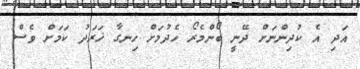
އަދި އެ ކުދިންނަށް ދޭނީ ބޯންމެރޯ ހެދުމަށް ހިނގާ ޚަރަދު ކަމަށް ވެސް